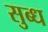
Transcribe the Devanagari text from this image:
सुब्ध